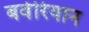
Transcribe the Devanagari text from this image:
बवेरियान